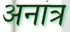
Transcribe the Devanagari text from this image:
अनांत्र